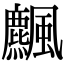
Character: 𩙒